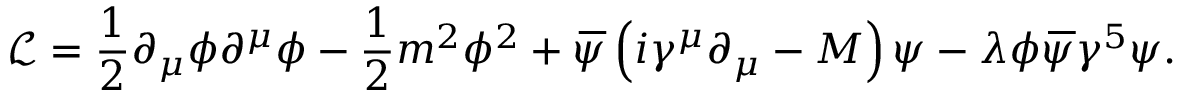
\mathcal { L = } \frac { 1 } { 2 } \partial _ { \mu } \phi \partial ^ { \mu } \phi - \frac { 1 } { 2 } m ^ { 2 } \phi ^ { 2 } + \, \overline { { \! { \psi } } } \left( i \gamma ^ { \mu } \partial _ { \mu } - M \right) \psi - \lambda \phi \, \overline { { \! { \psi } } } \gamma ^ { 5 } \psi .